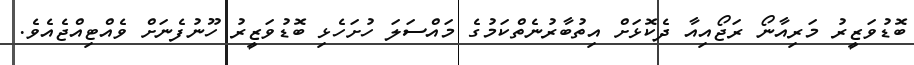
ބޮޑުވަޒީރު މަރިއާނޯ ރަޖޯއިއާ ދެކޮޅަށް އިތުބާރުނެތްކަމުގެ މައްސަލަ ހުށަހެޅި ބޮޑުވަޒީރު ހޫނުފެނަށް ވެއްޓިއްޖެއެވެ.